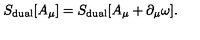
S _ { \mathrm { d u a l } } [ A _ { \mu } ] = S _ { \mathrm { d u a l } } [ A _ { \mu } + \partial _ { \mu } \omega ] .